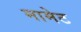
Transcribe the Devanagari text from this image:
मामेट